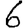
Digit: 6